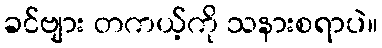
ခင်ဗျား တကယ့်ကို သနားစရာပဲ။